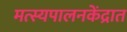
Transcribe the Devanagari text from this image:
मत्स्यपालनकेंद्रात